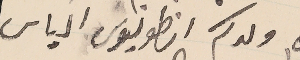
ولدكم انطونيوس الياس